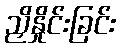
ညှိနှိုင်းခြင်း